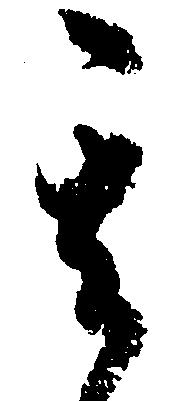
其